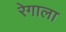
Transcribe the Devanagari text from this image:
रेगाला